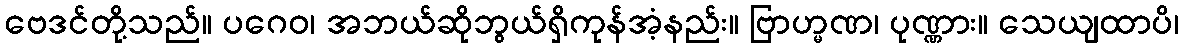
ဗေဒင်တို့သည်။ ပဂေဝ၊ အဘယ်ဆိုဘွယ်ရှိကုန်အံ့နည်း။ ဗြာဟ္မဏ၊ ပုဏ္ဏား။ သေယျထာပိ၊